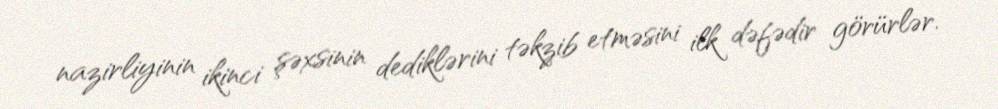
nazirliyinin ikinci şəxsinin dediklərini təkzib etməsini ilk dəfədir görürlər.